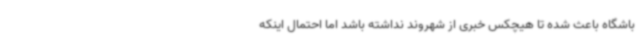
باشگاه باعث شده تا هیچکس خبری از شهروند نداشته باشد اما احتمال اینکه